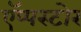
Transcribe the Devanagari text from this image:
ऍप्पस्टोर